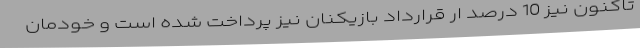
تاکنون نیز 10 درصد ار قرارداد بازیکنان نیز پرداخت شده است و خودمان